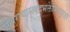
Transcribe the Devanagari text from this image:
स्थिरायास्त्वद्भक्तेस्त्रिपुरहर